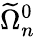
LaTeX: \widetilde\Omega_{n}^{0}